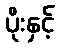
ပိုးနှင့်